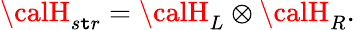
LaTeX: {\calH}_{s\mathtt{t}r}={\calH}_{L}\otimes{\calH}_{R}.